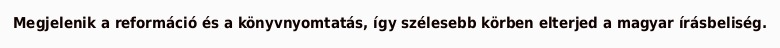
Megjelenik a reformáció és a könyvnyomtatás, így szélesebb körben elterjed a magyar írásbeliség.